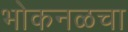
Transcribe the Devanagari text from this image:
भोकनळचा